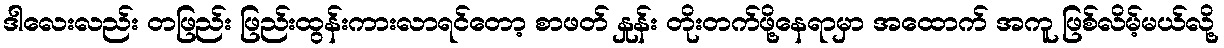
ဒါလေးလည်း တဖြည်း ဖြည်းထွန်းကားလာရင်တော့ စာဖတ် နှုန်း တိုးတက်ဖို့နေရာမှာ အထောက် အကူ ဖြစ်လိမ့်မယ်လို့